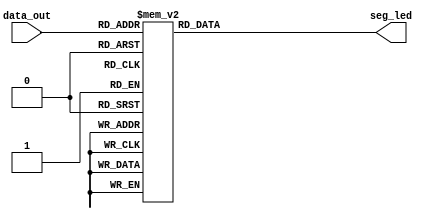
module Decodeur
(
	 data_out,
	 seg_led
);
		input [3:0] data_out;
		output reg [8:0] seg_led;
	
	always@(data_out)
		begin
		case(data_out)
			4'b0000: 		seg_led = 9'h3f;
			4'b0001:    	seg_led = 9'h06;
			4'b0010:    	seg_led = 9'h5b;                                           
			4'b0011:    	seg_led = 9'h4f;                                           
			4'b0100:  		seg_led = 9'h66;                                           
			4'b0101:   		seg_led = 9'h6d;                                          
			4'b0110:   		seg_led = 9'h7d;                                           
			4'b0111:    	seg_led = 9'h07;                                           
			4'b1000:    	seg_led = 9'h7f;                                           
			4'b1001:   		seg_led = 9'h6f;  
			4'b1010:    	seg_led = 9'h77;
			4'b1011:   		seg_led = 9'h7c;
			4'b1100:   		seg_led = 9'h39;
			4'b1101:   		seg_led = 9'h5e;
			4'b1110:  		seg_led = 9'h79;
			4'b1111:   		seg_led = 9'h71;
				default:seg_led = 9'h3f ;
			endcase
		end

	endmodule